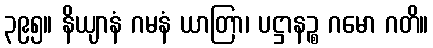
၃၉၅။ နိယျာနံ ဂမနံ ယာတြာ၊ ပဋ္ဌာနဉ္စ ဂမော ဂတိ။